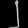
Digit: ၂